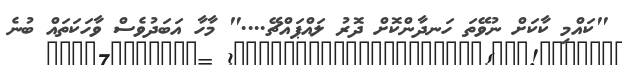
"ކައްމި ކާކަށް ނުވޭތަ ހަނދާންކޮށް ދޮރު ލައްޕައްޗޭ...." މާހާ އަބަދުވެސް ވާހަކަތައް ބުނެ